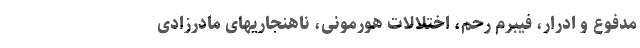
مدفوع و ادرار، فیبرم رحم، اختلالات هورمونی، ناهنجاریهای مادرزادی